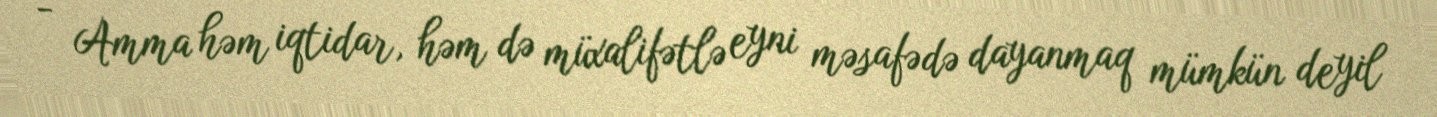
- Amma həm iqtidar, həm də müxalifətlə eyni məsafədə dayanmaq mümkün deyil